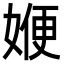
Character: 㛹